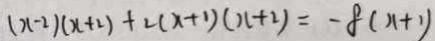
( x - 2 ) ( x + 2 ) + 2 ( x + 1 ) ( x + 2 ) = - 8 ( x + 1 )